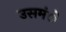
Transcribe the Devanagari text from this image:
उसमंे